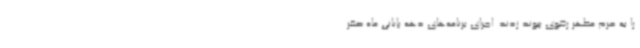
را به حرم مطهر رضوی پیوند زدند. اجرای برنامه‌های دهه پایانی ماه صفر